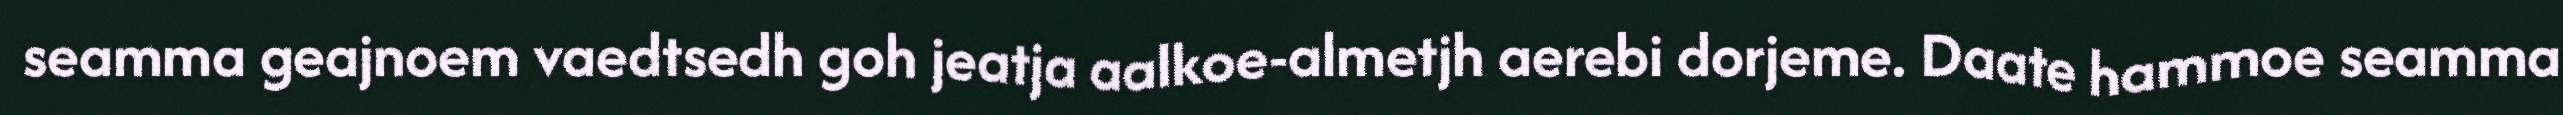
seamma geajnoem vaedtsedh goh jeatja aalkoe-almetjh aerebi dorjeme. Daate hammoe seamma